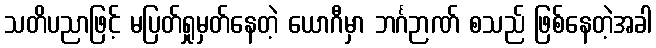
သတိပညာဖြင့် မပြတ်ရှုမှတ်နေတဲ့ ယောဂီမှာ ဘင်္ဂဉာဏ် စသည် ဖြစ်နေတဲ့အခါ